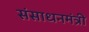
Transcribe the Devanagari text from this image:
संसाधनमंत्री